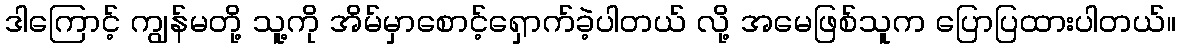
ဒါကြောင့် ကျွန်မတို့ သူ့ကို အိမ်မှာစောင့်ရှောက်ခဲ့ပါတယ် လို့ အမေဖြစ်သူက ပြောပြထားပါတယ်။